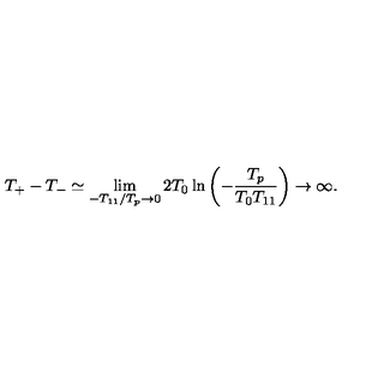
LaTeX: T _ { + } - T _ { - } \simeq \lim _ { - T _ { 1 1 } / T _ { p } \rightarrow 0 } 2 T _ { 0 } \ln \left( - \frac { T _ { p } } { T _ { 0 } T _ { 1 1 } } \right) \rightarrow \infty .